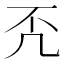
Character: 𠘶